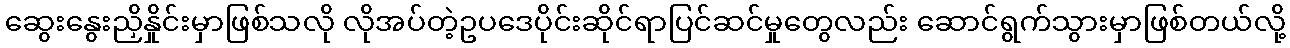
ဆွေးနွေးညှိနှိုင်းမှာဖြစ်သလို လိုအပ်တဲ့ဥပဒေပိုင်းဆိုင်ရာပြင်ဆင်မှုတွေလည်း ဆောင်ရွက်သွားမှာဖြစ်တယ်လို့